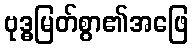
ဗုဒ္ဓမြတ်စွာ၏အဖြေ